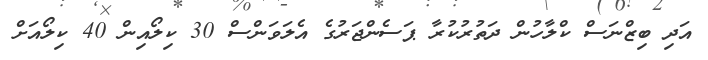
އަދި ބިޒްނަސް ކްލާހުން ދަތުރުކުރާ ޕަސެންޖަރުގެ އެލަވަންސް 30 ކިލޯއިން 40 ކިލޯއަށް